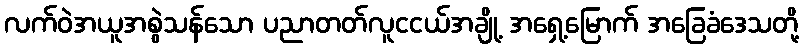
လက်ဝဲအယူအစွဲသန်သော ပညာတတ်လူငငယ်အချို့ အရှေ့မြောက် အခြေခံဒေသတို့